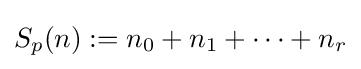
S_{p}(n):=n_{0}+n_{1}+\cdots +n_{r}